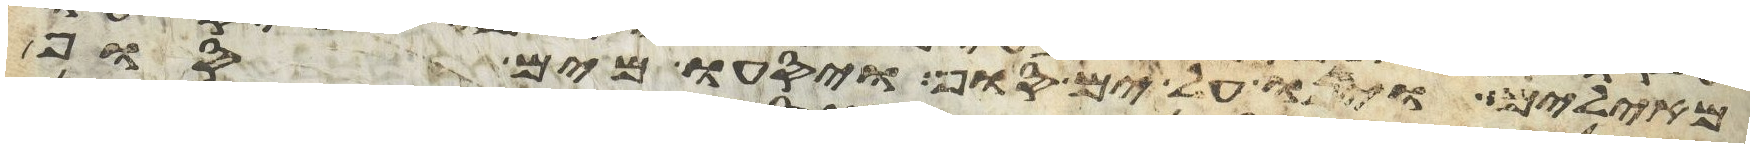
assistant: מאילים ויחנו על ים סוף ויסעו מים סוף